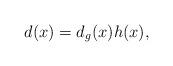
LaTeX: \begin{align*}d(x)=d_g(x)h(x),\end{align*}